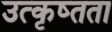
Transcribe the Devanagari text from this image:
उत्कृष्तता